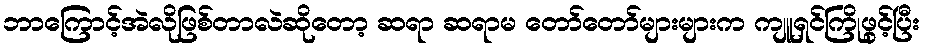
ဘာကြောင့်အဲလိုဖြစ်တာလဲဆိုတော့ ဆရာ ဆရာမ တော်တော်များများက ကျူရှင်ကြိုဖွင့်ပြီး